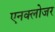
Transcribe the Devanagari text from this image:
एनक्लोजर